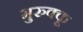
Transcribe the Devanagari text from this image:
मुरुक्कू